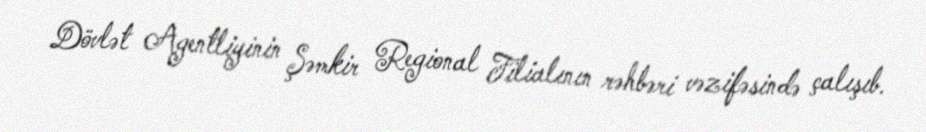
Dövlət Agentliyinin Şəmkir Regional Filialının rəhbəri vəzifəsində çalışıb.